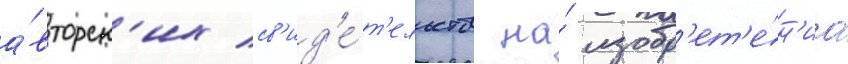
а́вторск'их св'ид'е́т'ельств на́ изобр'ет'е́н'иа